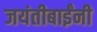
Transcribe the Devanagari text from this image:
जयंतीबाईंनी